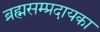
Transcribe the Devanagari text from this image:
ब्रह्मसम्प्रदायका